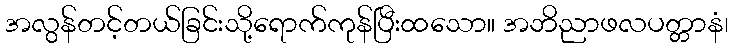
အလွန်တင့်တယ်ခြင်းသို့ရောက်ကုန်ပြီးထသော။ အဘိညာဖလပတ္တာနံ၊